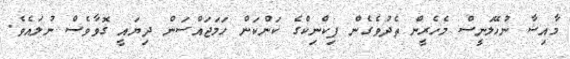
މާއިޝާ ނުހޭލަނީސް މެހެރީން ތެދުވެގެން ޕިކްނިކްގެ ކަންކަން ހަމަޖައްސަން ދިޔައީ ގޮވާވެސް ނުލައެވެ.